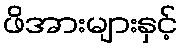
ဖိအားများနှင့်